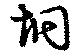
坰